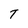
Character: T